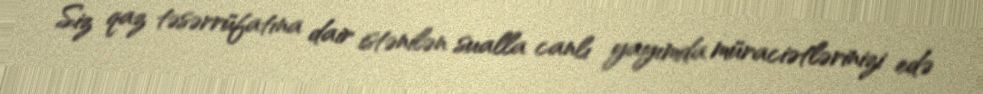
Siz qaz təsərrüfatına dair istənilən sualla canlı yayımda müraciətlərinizi edə